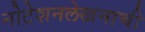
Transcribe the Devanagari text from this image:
नोटेशनलेखनाची